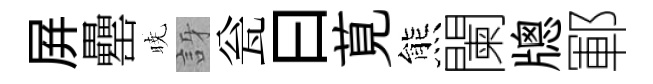
屛罍暁訝瓮曰莧熊闌牕鄆